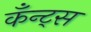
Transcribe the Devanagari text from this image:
कँन्ट्‌स